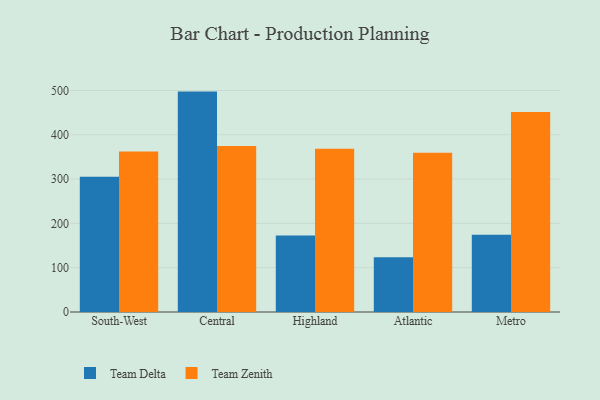
{"axis": {"x": "Region", "y": "Demand Index"}, "legend": ["Team Delta", "Team Zenith"], "data": [{"x": "South-West", "y": 305.2, "type": "Team Delta"}, {"x": "South-West", "y": 362.1, "type": "Team Zenith"}, {"x": "Central", "y": 497.5, "type": "Team Delta"}, {"x": "Central", "y": 374.7, "type": "Team Zenith"}, {"x": "Highland", "y": 172.4, "type": "Team Delta"}, {"x": "Highland", "y": 368.4, "type": "Team Zenith"}, {"x": "Atlantic", "y": 123.8, "type": "Team Delta"}, {"x": "Atlantic", "y": 359.5, "type": "Team Zenith"}, {"x": "Metro", "y": 174.4, "type": "Team Delta"}, {"x": "Metro", "y": 451.6, "type": "Team Zenith"}]}